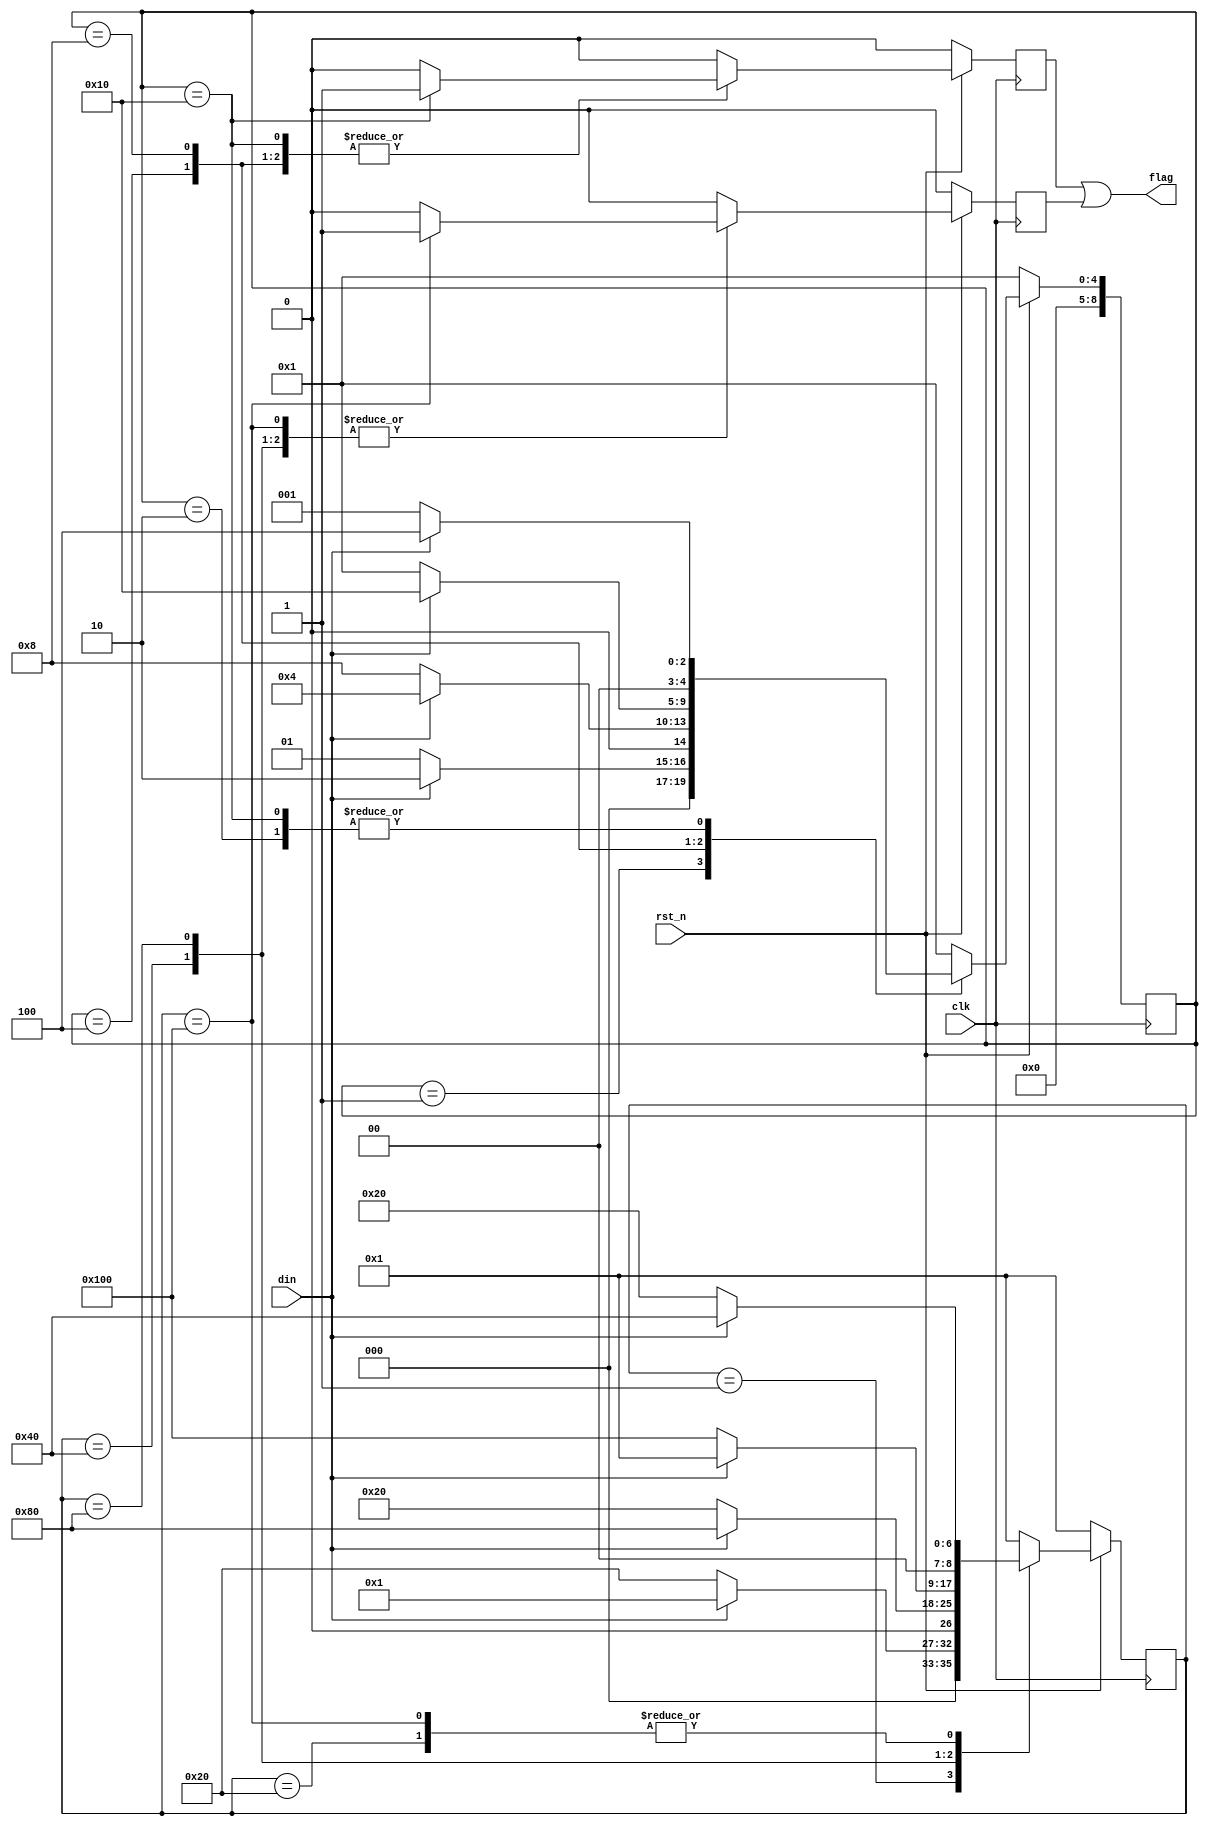

module seq_detect(flag, din, clk, rst_n);

    output reg flag;
    input din, clk, rst_n;

    parameter S10 = 9'b0_0000_0001; // IDLE(0)
    parameter S11 = 9'b0_0000_0010; // A(0)
    parameter S12 = 9'b0_0000_0100; // B(0)
    parameter S13 = 9'b0_0000_1000; // C(0)
    parameter S14 = 9'b0_0001_0000; // D(1)

    parameter S20 = 9'b0_0000_0001; // IDLE(0)
    parameter S21 = 9'b0_0010_0000; // E(0)
    parameter S22 = 9'b0_0100_0000; // F(0)
    parameter S23 = 9'b0_1000_0000; // G(0)
    parameter S24 = 9'b1_0000_0000; // H(1)

    reg [8:0] state1;   // 1101
    reg [8:0] state2;   // 0110
    reg flag1, flag2;

    always @ ( * ) begin
        flag <= flag1 | flag2;
    end

    always @ ( negedge clk ) begin
        if (!rst_n) begin
            flag1 <= 1'b0;
            state1 <= S10;
        end else begin
            flag1 <= (state1 == S14) ? 1'b1 : 1'b0;
            case (state1)
                S10: state1 <= (din) ? S11 : S10;
                S11: state1 <= (din) ? S12 : S10;
                S12: state1 <= (din) ? S12 : S13;
                S13: state1 <= (din) ? S14 : S10;
                S14: state1 <= (din) ? S12 : S10;
                default: begin state1 <= S10; flag1 <= 1'b0; end
            endcase
        end
    end

    always @ ( negedge clk ) begin
        if (!rst_n) begin
            flag2 <= 1'b0;
            state2 <= S20;
        end else begin
            flag2 <= (state2 == S24) ? 1'b1 : 1'b0;
            case (state2)
                S20: state2 <= (din) ? S20 : S21;
                S21: state2 <= (din) ? S22 : S21;
                S22: state2 <= (din) ? S23 : S21;
                S23: state2 <= (din) ? S20 : S24;
                S24: state2 <= (din) ? S22 : S21;
                default: begin state2 <= S20; flag2 <= 1'b0; end
            endcase
        end
    end

endmodule